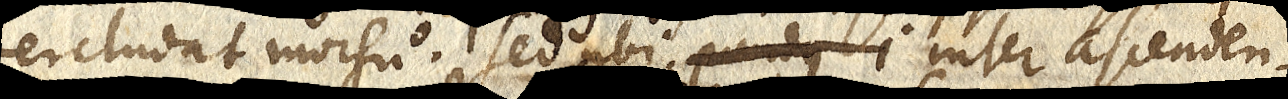
tercludat morsu. Se ubi pondus i inter ascenden-